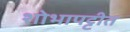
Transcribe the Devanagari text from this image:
शोभापट्टीत